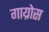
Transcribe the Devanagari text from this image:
गाय्रोस